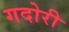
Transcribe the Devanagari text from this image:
गदोरी